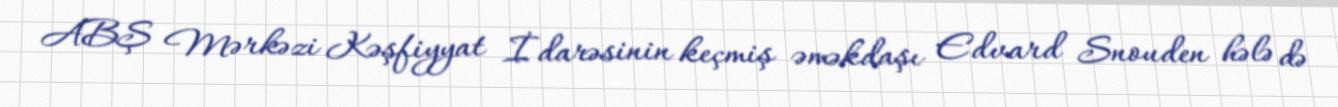
ABŞ Mərkəzi Kəşfiyyat İdarəsinin keçmiş əməkdaşı Edvard Snouden hələ də